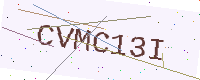
Text: CVMC13I